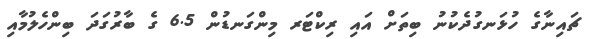
ޗައިނާގެ ހުޅަނގުދެކުނު ބިތަށް އައި ރިކްޓަރ މިންގަނޑުން 6.5 ގެ ބާރުގަދަ ބިންހެލުމާއި